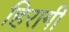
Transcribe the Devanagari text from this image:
हिरागी